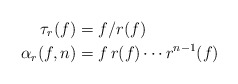
\begin{align*}\tau_r(f) &= f/r(f) \\\alpha_r(f,n) &= f \, r(f) \cdots r^{n-1}(f) \end{align*}